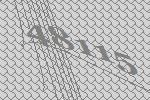
48115